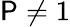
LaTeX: \mathsf{P}\neq1